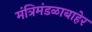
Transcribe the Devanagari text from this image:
मंत्रिमंडळाबाहेर